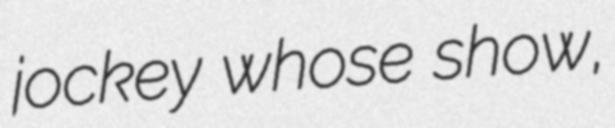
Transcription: jockey whose show,